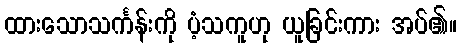
ထားသောသင်္ကန်းကို ပံ့သကူဟု ယူခြင်းကား အပ်၏။